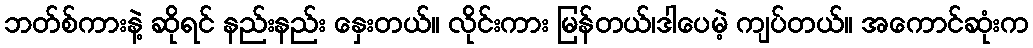
ဘတ်စ်ကားနဲ့ ဆိုရင် နည်းနည်း နှေးတယ်။ လိုင်းကား မြန်တယ်၊ဒါပေမဲ့ ကျပ်တယ်။ အကောင်ဆုံးက